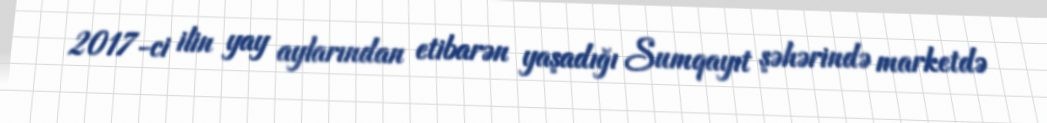
2017-ci ilin yay aylarından etibarən yaşadığı Sumqayıt şəhərində marketdə